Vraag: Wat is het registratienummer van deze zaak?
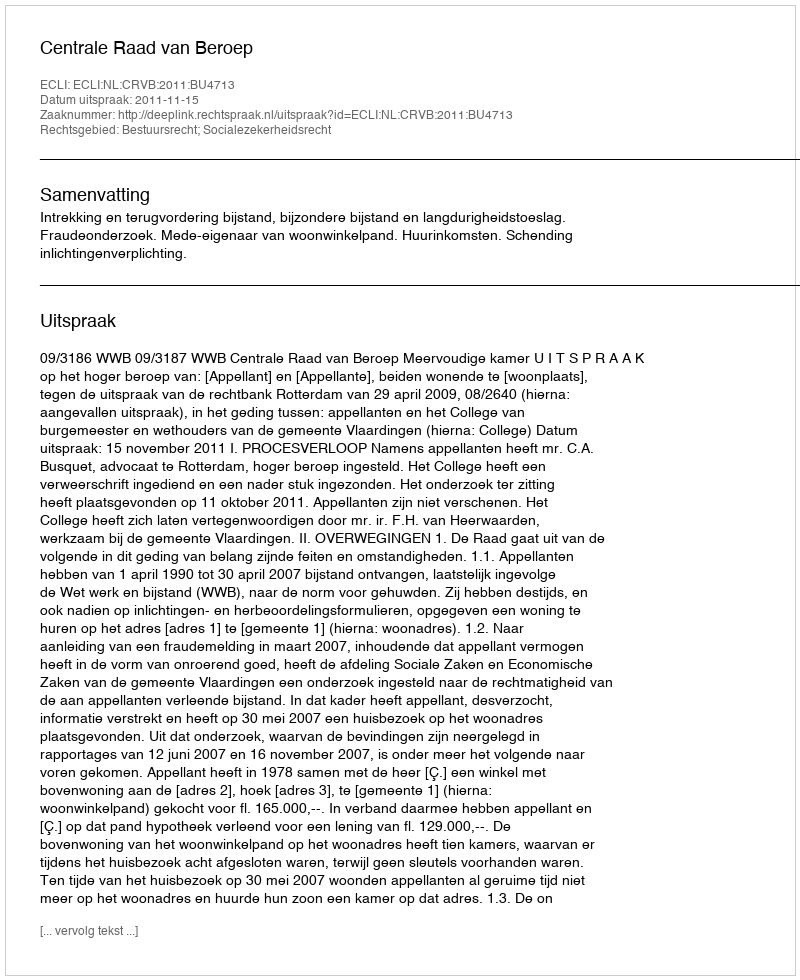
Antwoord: http://deeplink.rechtspraak.nl/uitspraak?id=ECLI:NL:CRVB:2011:BU4713